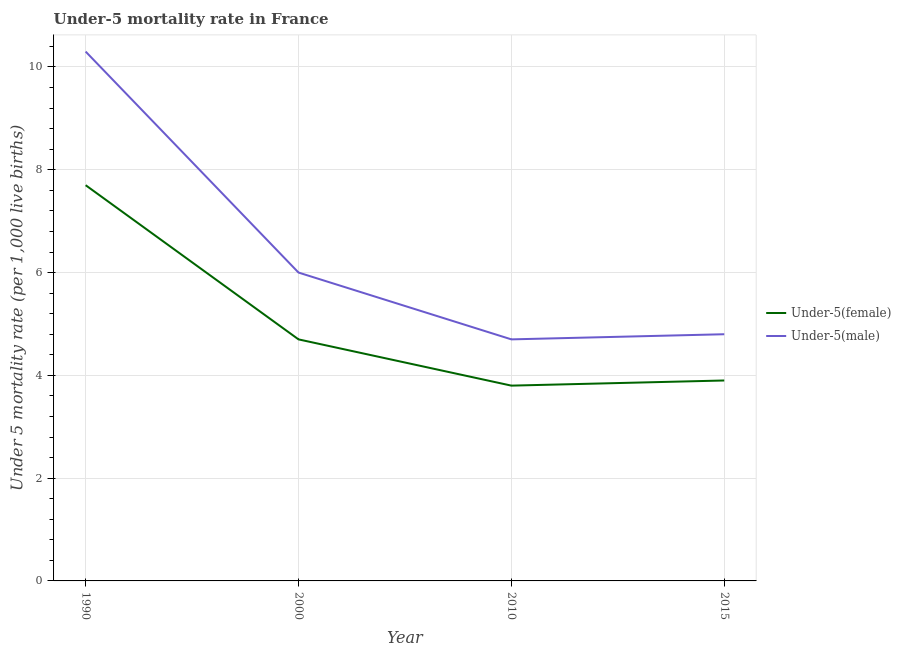
| Year | Under-5(female) | Under-5(male) |
 | --- | --- | --- |
 | 1990 | 7.7 | 10.3 |
 | 2000 | 4.7 | 6 |
 | 2010 | 3.8 | 4.7 |
 | 2015 | 3.9 | 4.8 |